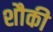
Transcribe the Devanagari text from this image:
शौकी